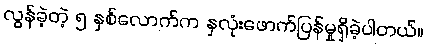
လွန်ခဲ့တဲ့ ၅ နှစ်လောက်က နှလုံးဖောက်ပြန်မှုရှိခဲ့ပါတယ်။